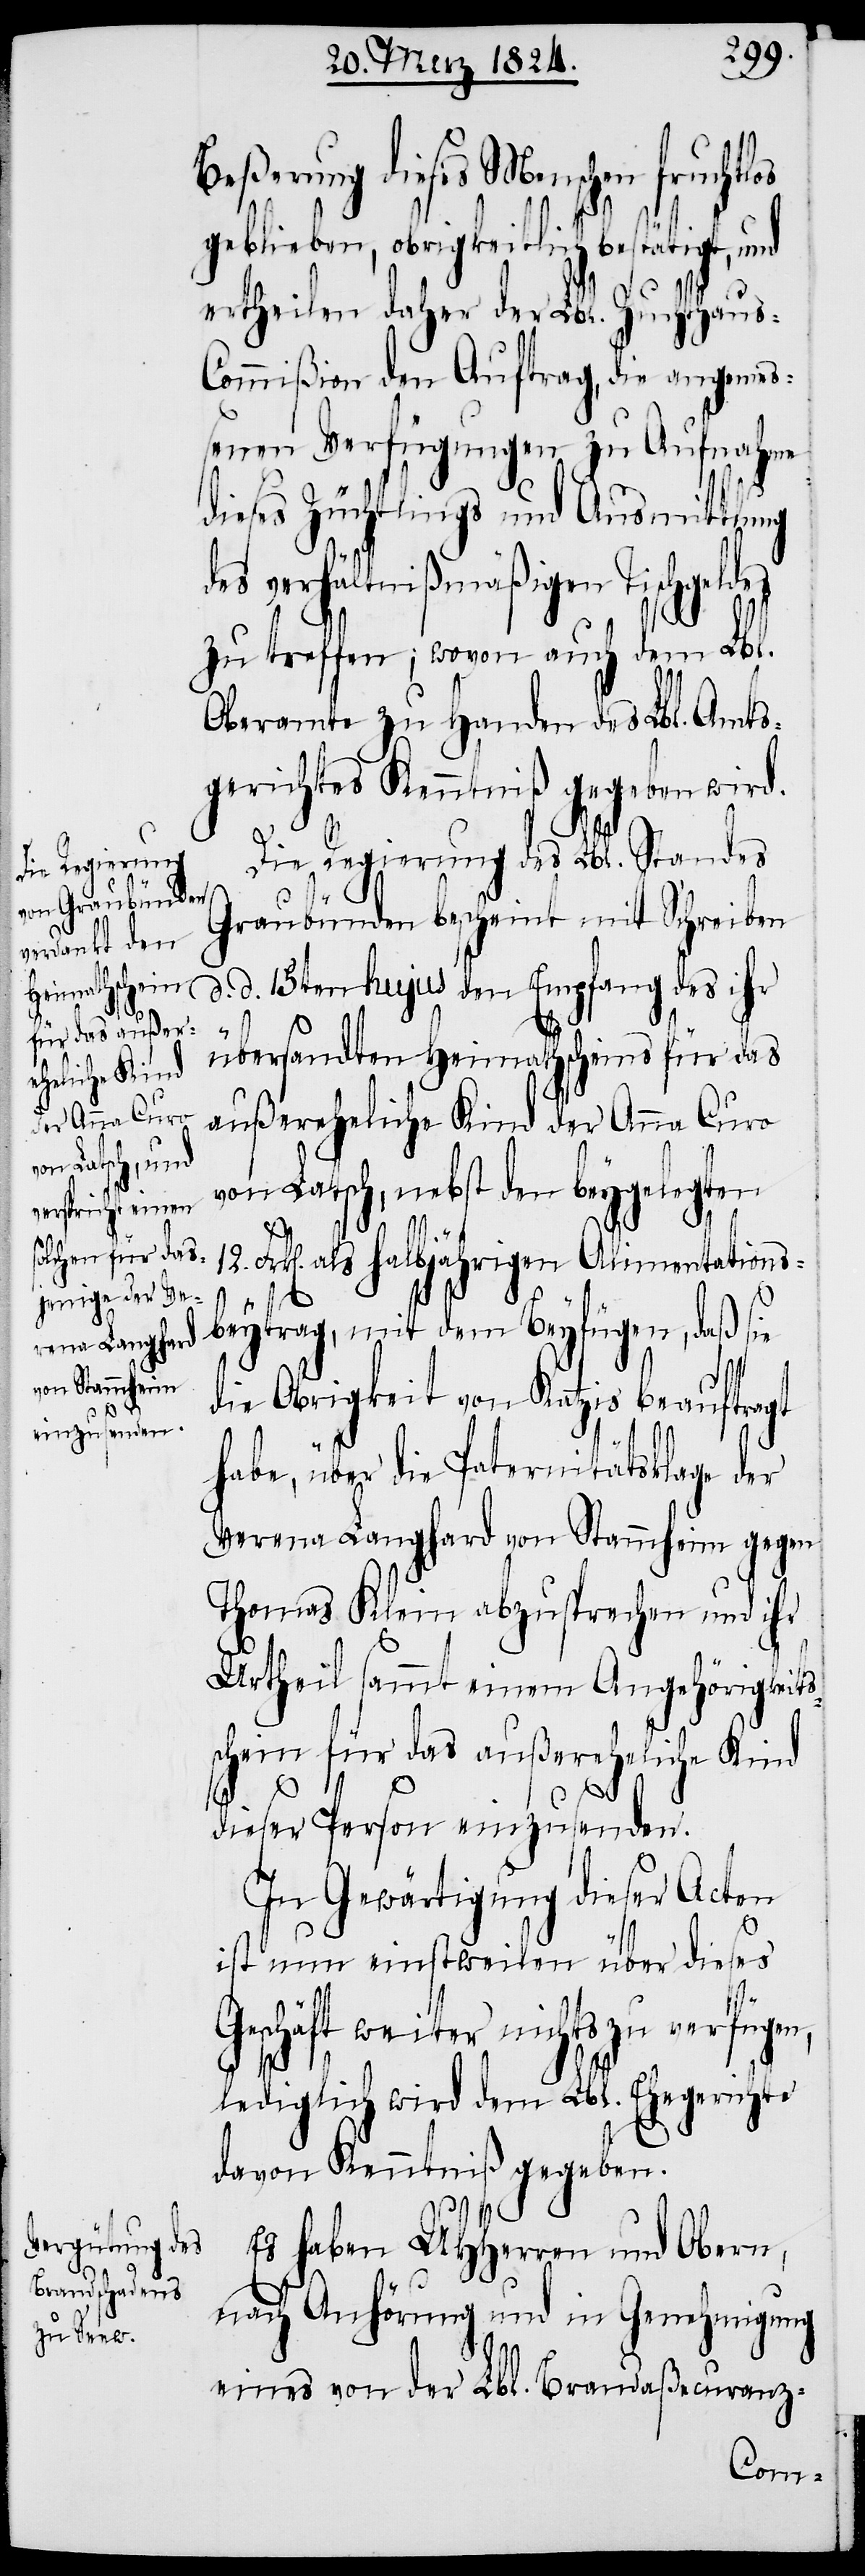
F¬
des

Beßerung dieses Menschen fruchtlos
geblieben, obrigkeitlich bestätigt,
ertheilen daher der Lbl. Zuchthaus-C¬
ommißion den Auftrag, die angemeß¬
enen Verfügungen zu Aufnahme
dieses Züchtling und Ausmittlung
des verhältnißmäßigen Tischgel¬
zu treffen; wovon auch dem Lbl.
Oberamte zu Handen des Lbl. Amts¬
gerichtes Kenntniß gegeben wird.
Die Regierung des Lbl. Standes
Graubünden bescheint mit Schreiben
d. 15ten hujus den Empfang des ihr
übersandten Heimathscheins für das
außereheliche Kind der Anna Curo
von Latsch, nebst den beygelegten
rk[en]. als halbjährigen Alimentations¬
beytrag, mit dem Beyfügen, daß sie
die Obrigkeit von Katzis beauftragt
habe, über die Paternitätsklage der
Verena Langhard von Stammheim gegen
Thomas Klein abzusprechen und ihr
Urtheil sammt einem Angehörigkeit¬
schein für das außereheliche Kind
12.
dieser Person einzusenden.
In Gewärtigung dieser Acten
s¬
ist nun einstweilen über dieses
Geschäft weiter nichts zu verfügen,
lediglich wird dem Lbl. Ehegerichte
davon Kenntniß gegeben.
Es haben UHHerren und Obern,
Nach Anhörung und in Genehmigung
eines von der Lbl. Brandaßecuranz-